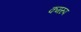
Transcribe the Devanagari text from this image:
कमरुप